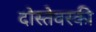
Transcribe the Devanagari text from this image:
दोस्तेवस्की